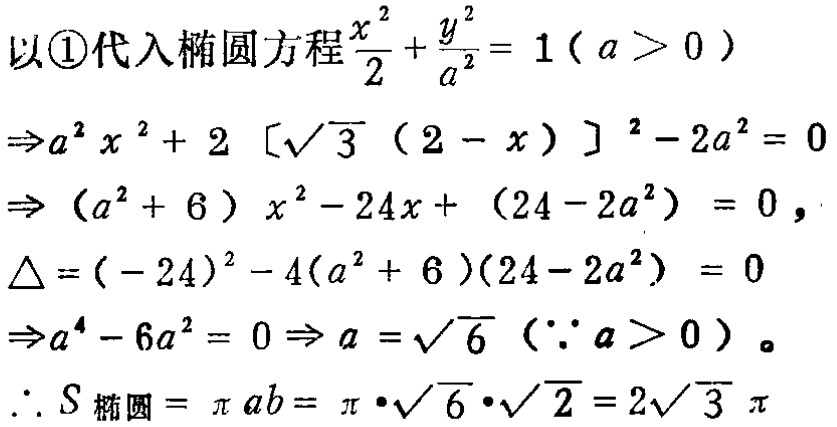
以\textcircled{1}代入椭圆方程$\frac{x^{2}}{2}+\frac{y^{2}}{a^{2}} = 1(a > 0)$
$\Rightarrow a^{2}x^{2}+2[\sqrt{3}(2 - x)]^{2}-2a^{2}=0$
$\Rightarrow (a^{2}+6)x^{2}-24x+(24 - 2a^{2}) = 0,$
$\Delta=(-24)^{2}-4(a^{2}+6)(24 - 2a^{2}) = 0$
$\Rightarrow a^{4}-6a^{2}=0\Rightarrow a=\sqrt{6}(\because a > 0)$。
$\therefore S_{椭圆}=\pi ab=\pi\cdot\sqrt{6}\cdot\sqrt{2}=2\sqrt{3}\pi$